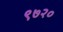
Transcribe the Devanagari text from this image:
९७२०